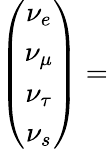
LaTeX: \left(\begin{array}{c}{{\nu_{e}}}\\ {{\nu_{\mu}}}\\ {{\nu_{\tau}}}\\ {{\nu_{s}}}\end{array}\right)=